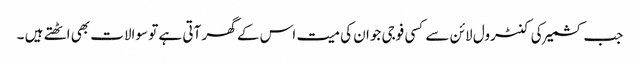
جب کشمیر کی کنٹرول لائن سے کسی فوجی جوان کی میت اس کے گھر آتی ہے تو سوالات بھی اٹھتے ہیں ۔